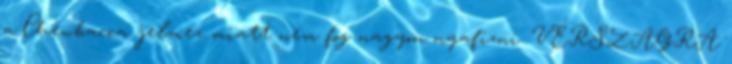
a Chewbacca jelmez miatt nem fog nagyon nyafizni. VÉRSZAGRA